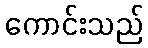
ကောင်းသည်